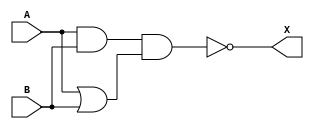
module xor_gate(
    input A, 
    input B, 
    output X
);

wire A_and_B;
wire A_or_B;

assign A_and_B = A & B;
assign A_or_B = A | B;

assign X = ~(A_and_B & A_or_B);

endmodule